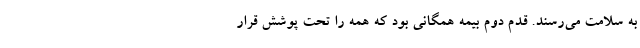
به سلامت می‌رسند. قدم دوم بیمه همگانی بود که همه را تحت پوشش قرار